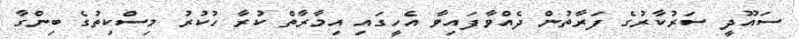
ސައޫދީ ސަރުކާރުގެ ފަރާތުން ދެއްވާފައިވާ އެހީގައި އިމާރާތް ކުރާ ހުކުރު މިސްކިތުގެ ބިންގާ